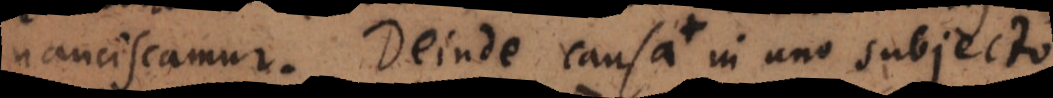
nanciscamur. Deinde causa in uno subjecto